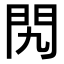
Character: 𨳊